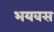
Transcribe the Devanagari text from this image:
भयवस